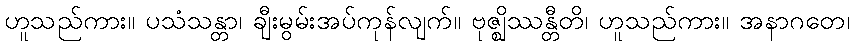
ဟူသည်ကား။ ပသံသန္တာ၊ ချီးမွမ်းအပ်ကုန်လျက်။ ဗုဇ္ဈိဿန္တီတိ၊ ဟူသည်ကား။ အနာဂတေ၊